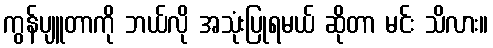
ကွန်ပျူတာကို ဘယ်လို အသုံးပြုရမယ် ဆိုတာ မင်း သိလား။